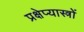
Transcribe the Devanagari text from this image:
प्रक्षेप्यास्त्रों